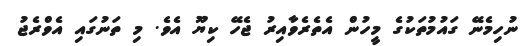
ނުހިމެނޭ ގައުމުތަކުގެ މީހުން އެތެރެވާއިރު ޖެހޭ ކިޔޫ އެވެ. މި ތަނުގައި އެވްރެޖު